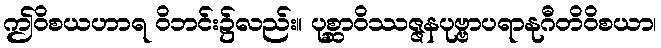
ဤဝိစယဟာရ ဝိဘင်း၌လည်း။ ပုစ္ဆာဝိဿဇ္ဇနပုဗ္ဗာပရာနုဂီတိဝိစယာ၊